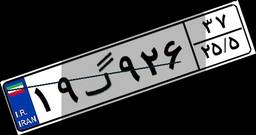
۹۳گ۷۹۱۳۹